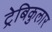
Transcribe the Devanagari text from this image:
ट्रेबिकुलार